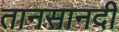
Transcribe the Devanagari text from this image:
तानसानदी